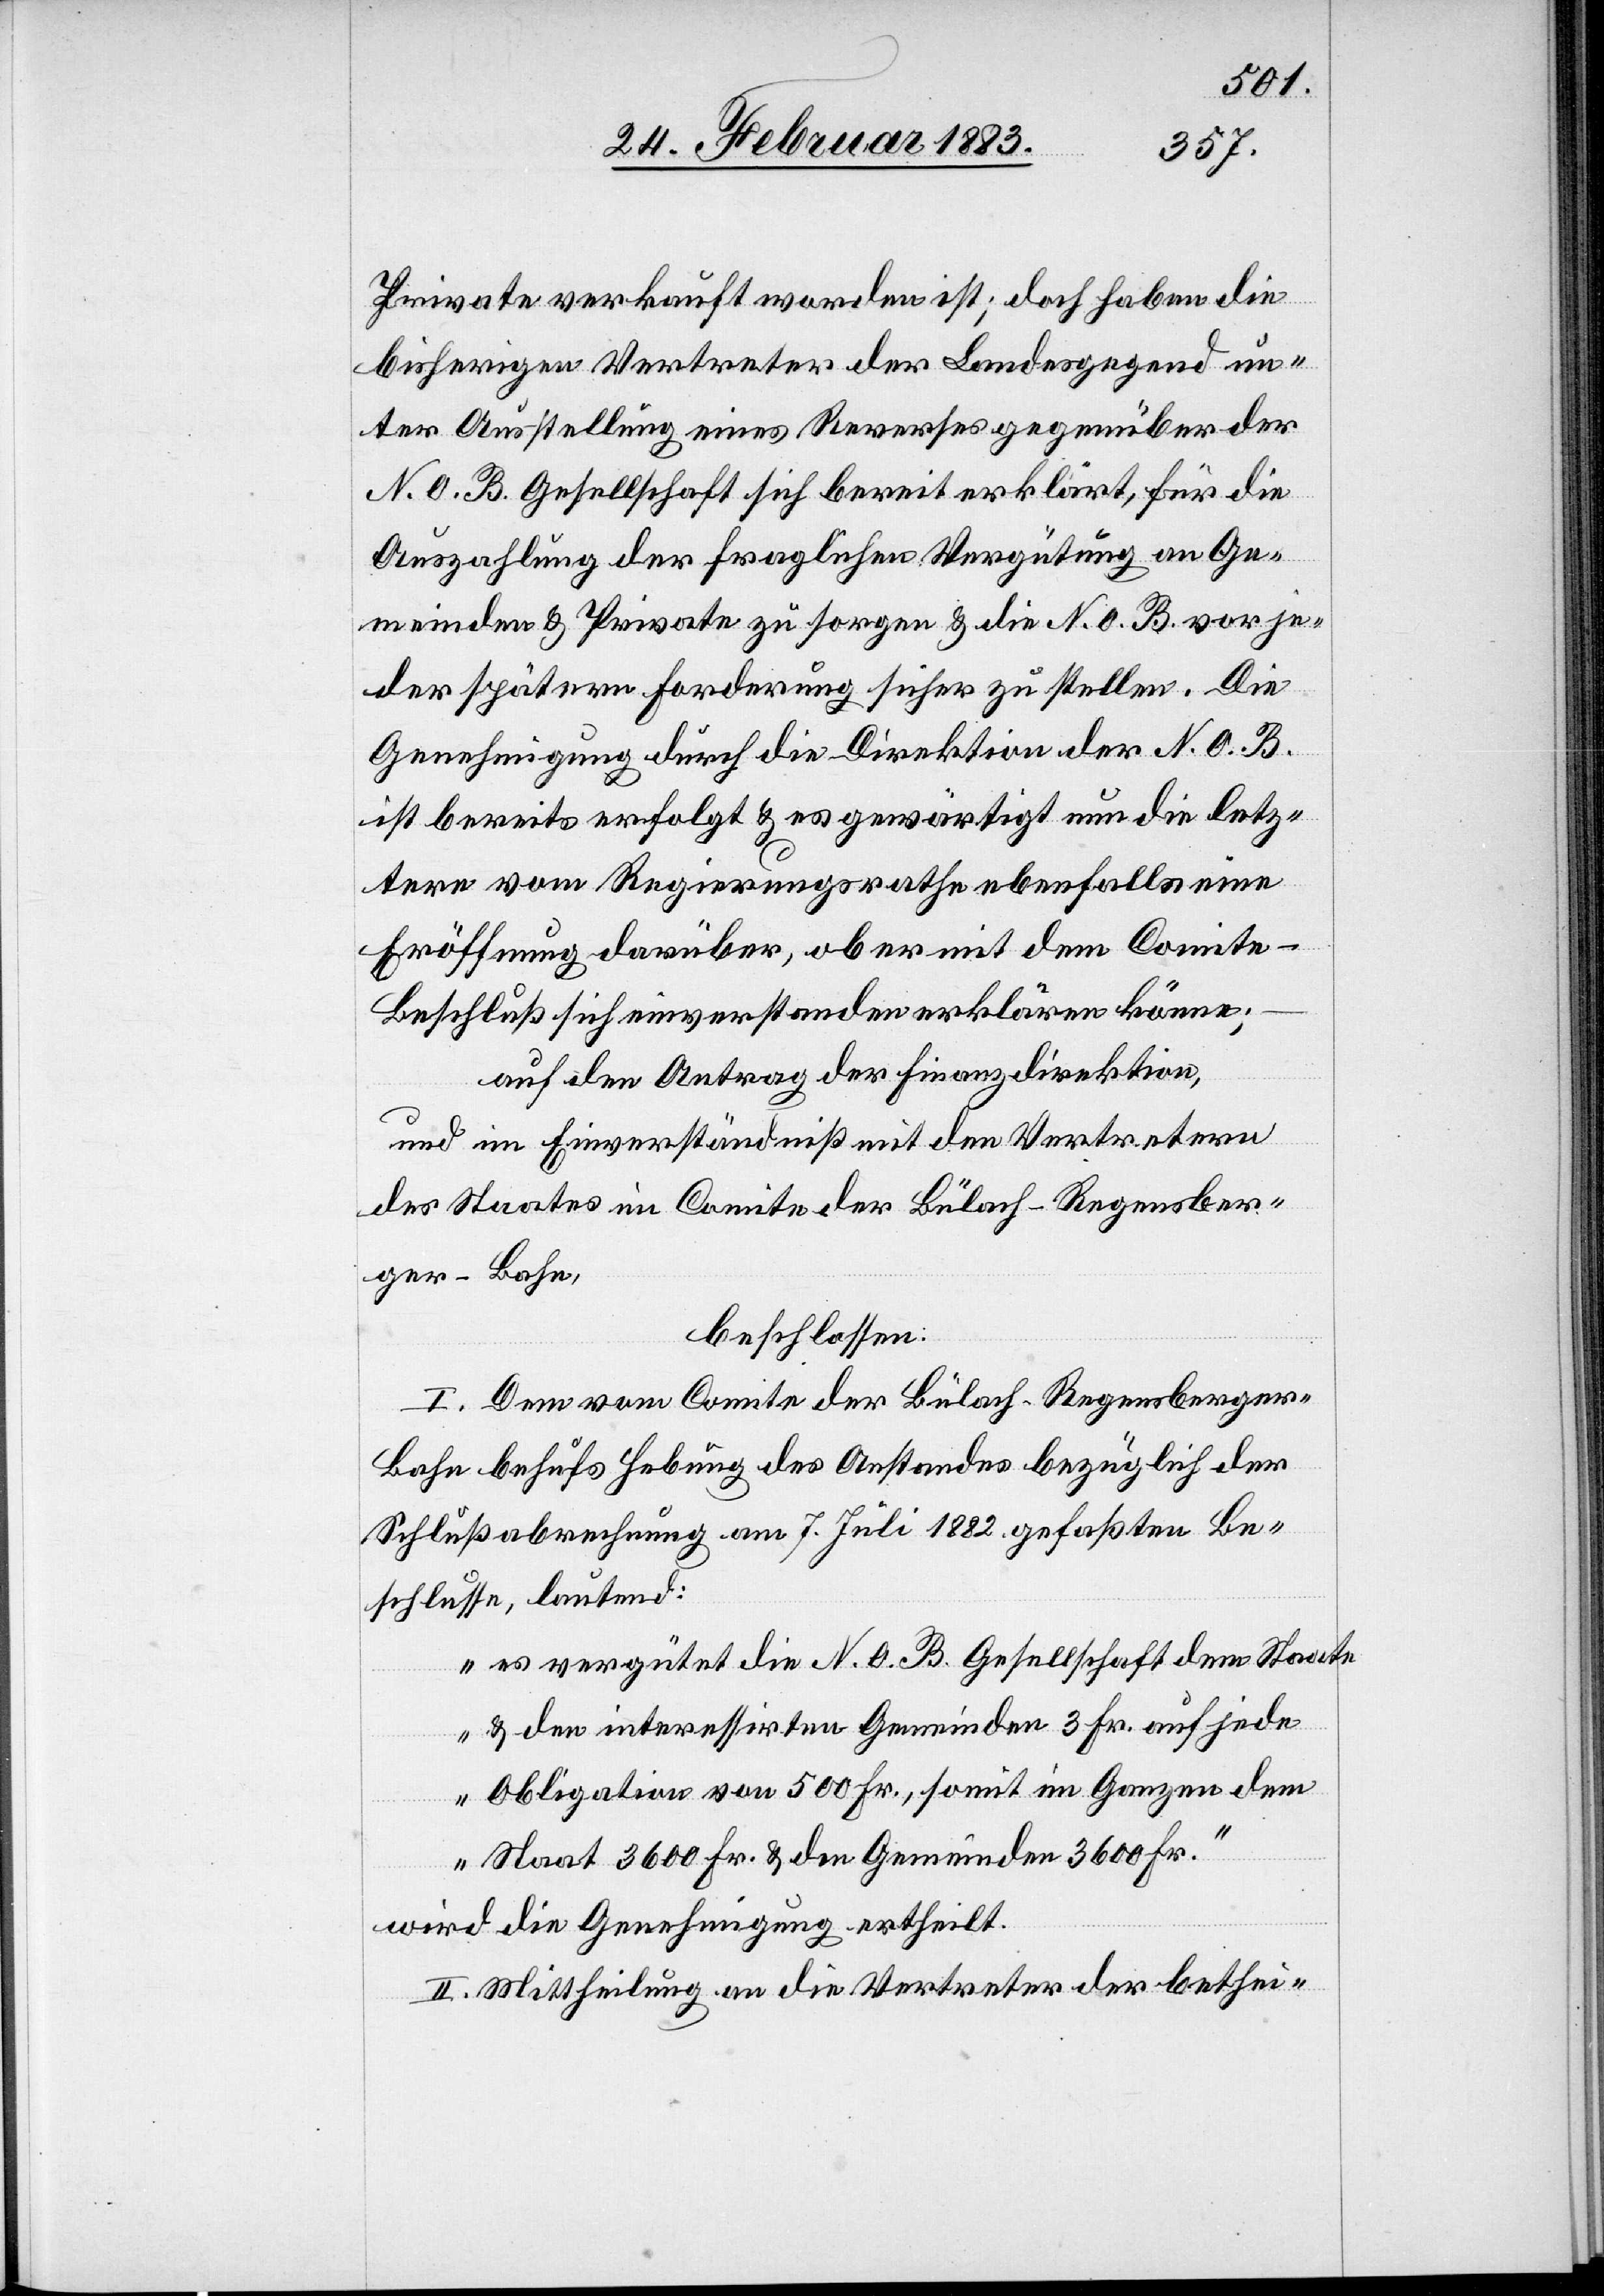
Private verkauft worden ist; doch haben die
bisherigen Vertreter der Landesgegend un¬
ter Ausstellung eines Reverses gegenüber der
N. O. B. Gesellschaft sich bereit erklärt, für die
Auszahlung der fraglichen Vergütung an Ge¬
meinden & Private zu sorgen & die N. O. B. vor je¬
der spätern Forderung sicher zu stellen. Die
Genehmigung durch die Direktion der N. O. B.
ist bereits erfolgt & es gewärtigt nun die lez¬
tere vom Regierungsrathe ebenfalls eine
Eröffnung darüber, ob er mit dem Comit¬
e-Beschluß sich einverstanden erklären könne;
auf den Antrag der Finanzdirektion,
und im Einverständniß mit den Vertretern
des Staates im Comite der Bülach–Regensber¬
ger-Bahn,
beschlossen:
I. Dem vom Comite der Bülach–Regensberger-B¬
ahn behufs Hebung des Anstandes bezüglich der
Schlußabrechnung am 7. Juli 1882 gefaßten Be¬
schlusse, lautend:
„es vergütet die N. O. B. Gesellschaft dem Staate
& den interessierten Gemeinden 3 Fr. auf jede
Obligation von 500 Fr., somit im Ganzen dem
Staat 3600 Fr.& den Gemeinden 3600 Fr.“
wird die Genehmigung ertheilt.
II. Mittheilung an die Vertreter der bethei-